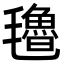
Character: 氌